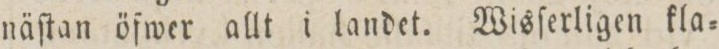
näſtan öfwer allt i landet. Wisſerligen kla=